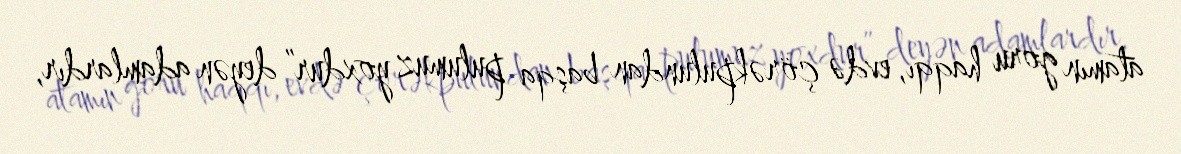
atamın goru haqqı, evdə çörəkpulundan başqa pulumuz yoxdur” deyən adamlardır,